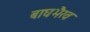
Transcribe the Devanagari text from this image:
बाघभैरव